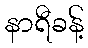
နာရီခန့်